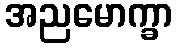
အညမောက္ခာ